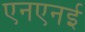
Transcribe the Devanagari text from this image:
एनएनई